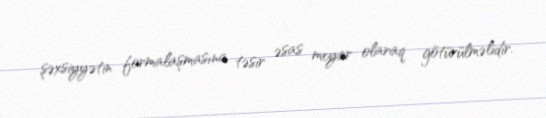
şəxsiyyətin formalaşmasına təsir əsas meyar olaraq götürülməlidir.